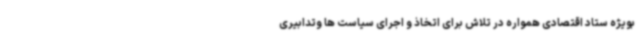
بویژه ستاد اقتصادی همواره در تلاش برای اتخاذ و اجرای سیاست ها وتدابیری